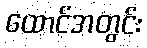
ထောင်အတွင်း